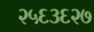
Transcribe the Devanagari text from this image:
२५६३६२७